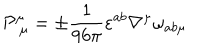
LaTeX: \mathcal { P } _ { \ \mu } ^ { \mu } = \pm \frac { 1 } { 9 6 \pi } \varepsilon ^ { a b } \nabla ^ { \mu } \omega _ { a b \mu }